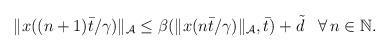
LaTeX: \begin{align*}\begin{aligned}\|x((n+1)\bar{t}/\gamma)\|_{\mathcal{A}} &\le \beta(\|x(n\bar{t}/\gamma)\|_{\mathcal{A}},\bar{t}) + \tilde{d} && \forall \, n\in\mathbb{N}.\end{aligned}\end{align*}